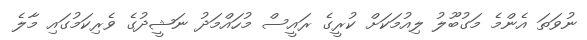
ނުވަތަ އެންމެ މަގުބޫލު ލިއުމަކަށް ކުރީގެ ރައީސް މުހައްމަދު ނަޝީދުގެ ވެރިކަމުގައި މާލެ